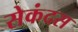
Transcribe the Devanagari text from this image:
सेकंदस